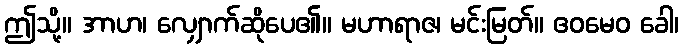
ဤသို့။ အာဟ၊ လျှောက်ဆိုပေ၏။ မဟာရာဇ၊ မင်းမြတ်။ ဧဝမေဝ ခေါ၊